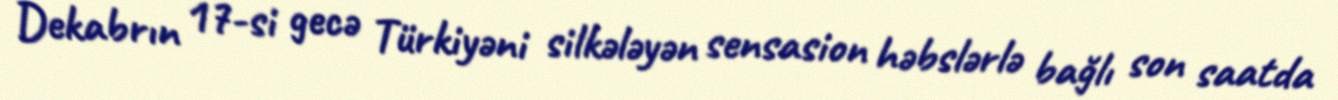
Dekabrın 17-si gecə Türkiyəni silkələyən sensasion həbslərlə bağlı son saatda